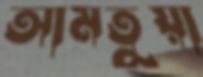
আমতুয়া